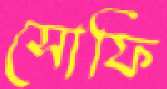
সোফি